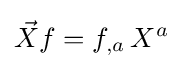
{\vec {X}}f=f_{,a}\,X^{a}